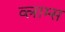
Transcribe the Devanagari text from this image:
व्लाम्स